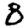
Digit: 8